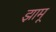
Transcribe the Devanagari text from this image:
झामू